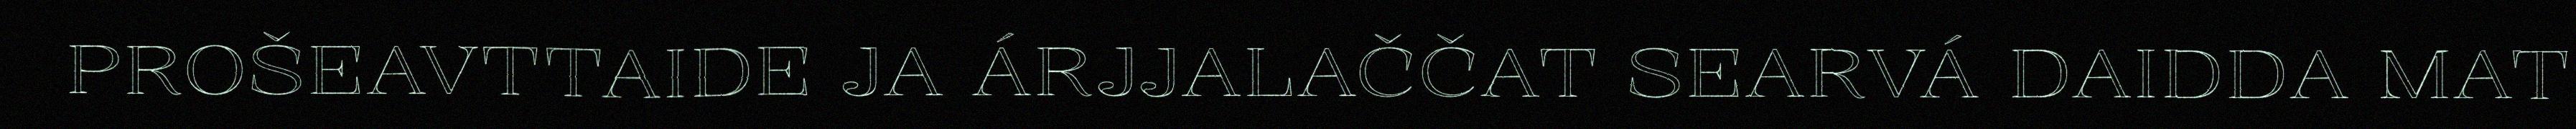
PROŠEAVTTAIDE JA ÁRJJALAČČAT SEARVÁ DAIDDA MAT